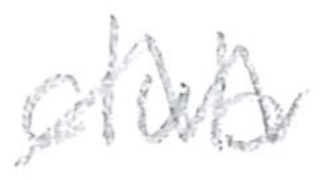
Text: club
Cross-out: zig-zag
Writing tool: pencil